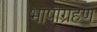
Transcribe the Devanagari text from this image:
भाषाग्रहण